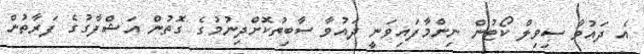
އެ ދައުވާ ސިވިލް ކޯޓުން ނިންމާފައިވަނީ ދައުވާ ސާބިތުކޮށްދިނުމުގެ ގޮތުން އަޝްފާގުގެ ފަރާތުން